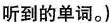
听到的单词.)